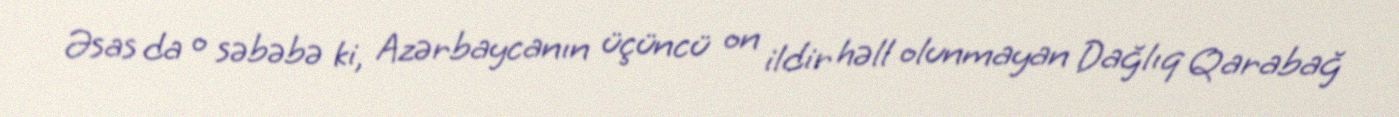
Əsas da o səbəbə ki, Azərbaycanın üçüncü on ildir həll olunmayan Dağlıq Qarabağ